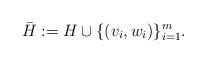
LaTeX: \begin{align*}\bar H := H \cup \{ (v_i, w_i) \}^m_{i=1}.\end{align*}